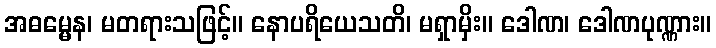
အဓမ္မေန၊ မတရားသဖြင့်။ နောပရိယေသတိ၊ မရှာမှိး။ ဒေါဏ၊ ဒေါဏပုဏ္ဏား။